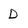
Character: D